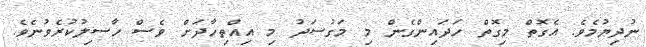
ނުދިޔުމެވެ. އެގޮތް މިގޮތް ހަދައިންގެން މި މަގުސަދު މި އިއްތިހާދަށް ވެސް ހާސިލުކުރެވުނެވެ.